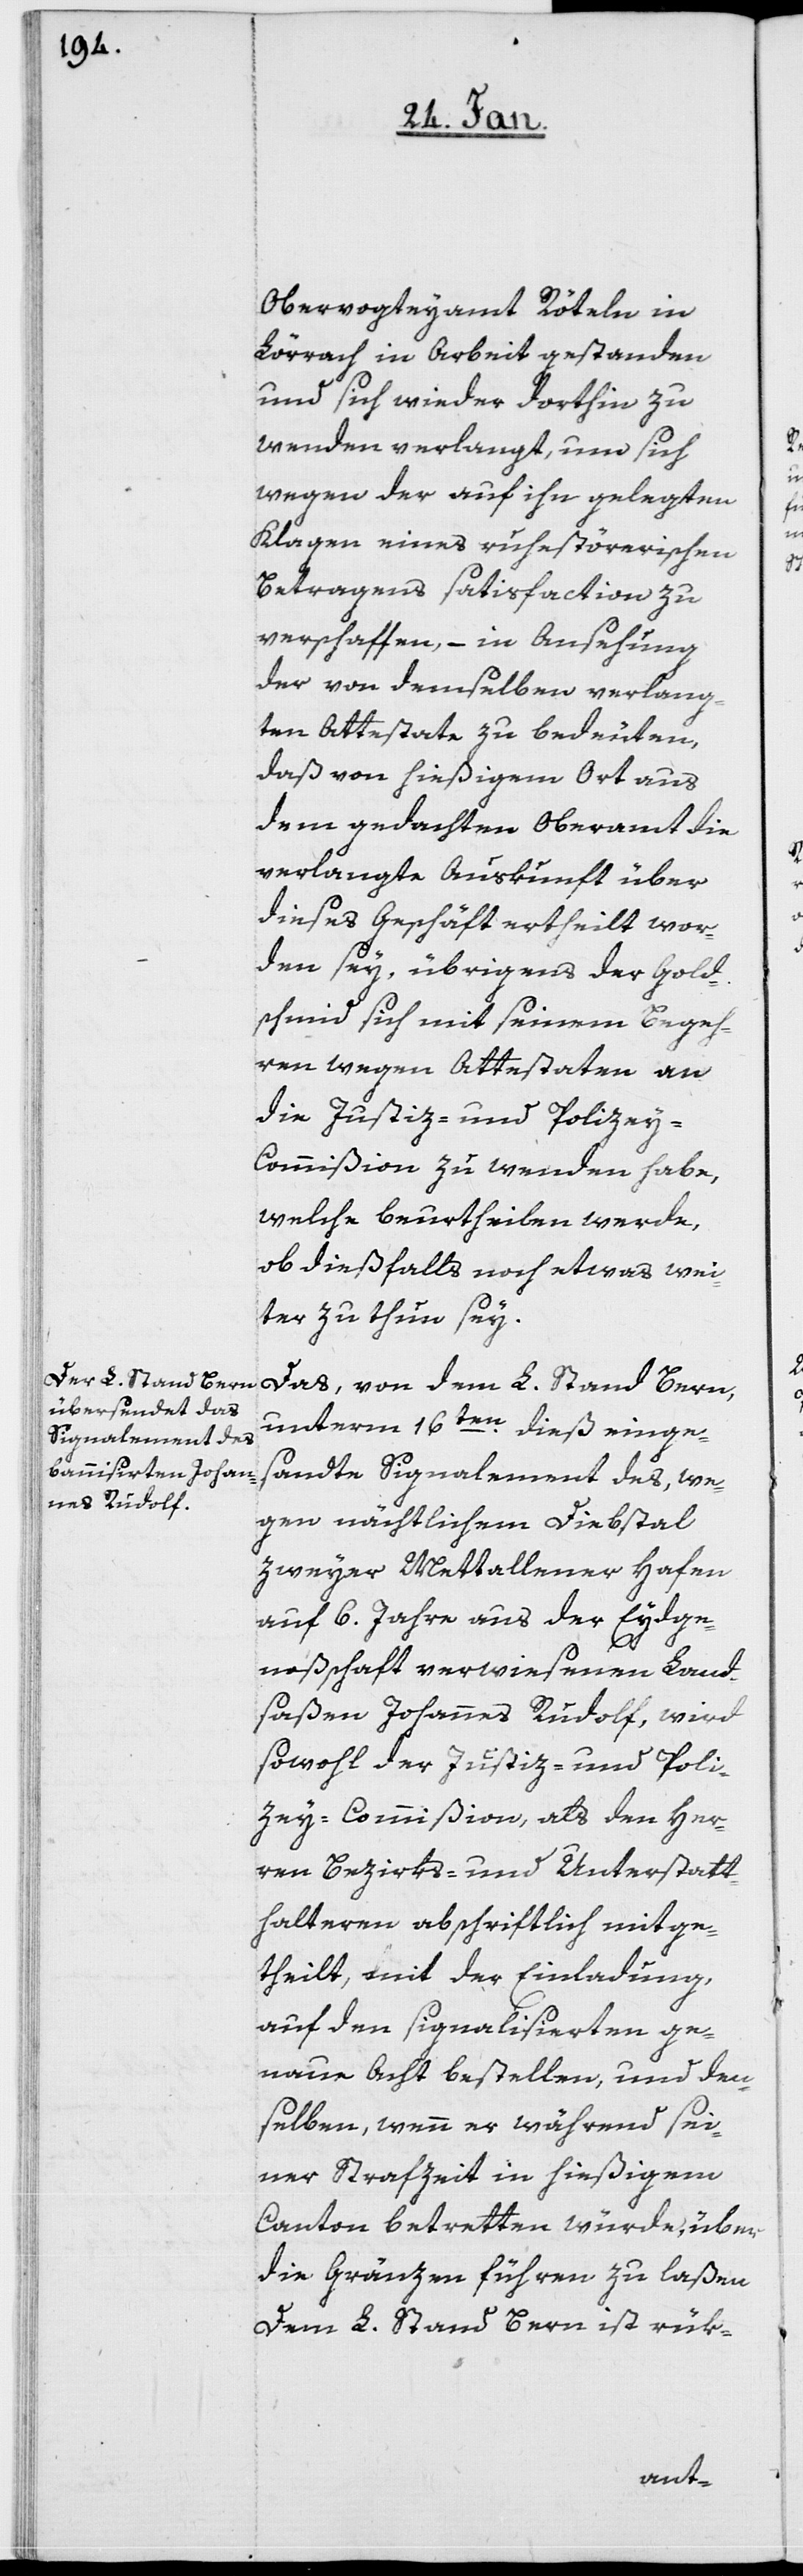
Obervogteyamt Röteln in
Lörrach in Arbeit gestanden
und sich wieder dorthin zu
wenden verlangt, um sich
wegen der auf ihn gelegten
Klagen eines ruhestörerischen
Betragens satisfaction zu
verschaffen, – in Ansehung
der von demselben verlang¬
ten Attestate zu bedeuten,
daß von hießigem Ort aus
dem gedachten Oberamt die
verlangte Auskunft über
dieses Geschäft ertheilt wor¬
den sey, übrigens der Gold¬
schmid sich mit seinem Begeh¬
ren wegen Attestaten an
die Justiz- und Polize¬
y-Commißion zu wenden habe,
welche beurtheilen werde,
ob dießfalls noch etwas wei¬
ter zu thun sey.
Das, von dem L. Stand Bern,
unterm 16ten. dieß einge¬
sandte Signalement des, we¬
gen nächtlichem Diebstal
zweyer Metallener Hafen
auf 6. Jahre aus der Eydge¬
noßschaft verwiesenen Land¬
saßen Johannes Rudolf, wird
sowohl der Justiz- und Poli¬
zey-Commißion, als den Her¬
ren Bezirks- und Unterstatt¬
halteren abschriftlich mitge¬
theilt, mit der Einladung,
auf den signalisierten ge¬
naue Acht bestellen, und den¬
selben, wenn er während sei¬
ner Strafzeit in hießigem
Canton betretten würde, über
die Gränzen führen zu laßen.
Dem L. Stand Bern ist rük-